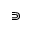
\Supset